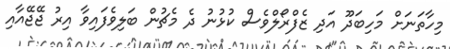
މިހާތަނަށް މަހިބަދޫ އަދި ޒެފްރޯލްވެސް ކުޅުނު ދެ މެޗުން ބަލިވެފައިވާ އިރު ޖޭޖޭއާއި